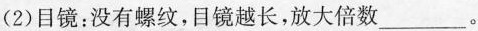
(2)目镜：没有螺纹，目镜越长，放大倍数___。